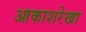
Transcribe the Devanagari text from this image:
आकाशरेखा